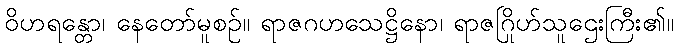
ဝိဟရန္တော၊ နေတော်မူစဉ်။ ရာဇဂဟသေဋ္ဌိနော၊ ရာဇဂြိုဟ်သူဌေးကြီး၏။